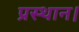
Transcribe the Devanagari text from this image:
प्रस्थान।